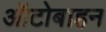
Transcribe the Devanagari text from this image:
ऑटोबाहन